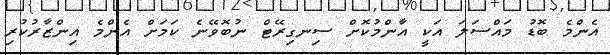
އެންމެ ބޮޑު މައްސަލަ އަކީ އާންމުކޮށް ސިނގިރޭޓް ނުބޮވޭނެ ކަމަށް އެންމެ އިންޒާރުކުރި